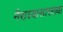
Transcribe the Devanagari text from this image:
नैराश्यासारख्या